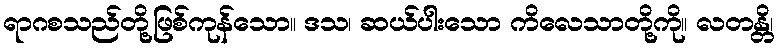
ရာဂစသည်တို့ဖြစ်ကုန်သော။ ဒသ၊ ဆယ်ပါးသော ကိလေသာတို့ကို။ လတန္တိ၊